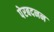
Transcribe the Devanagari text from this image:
पेरबदनन